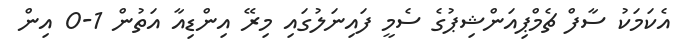
އެކަމަކު ސާފް ޗެމްޕިއަންޝިޕުގެ ސެމީ ފައިނަލުގައި މިރޭ އިންޑިއާ އަތުން 1-0 އިން